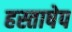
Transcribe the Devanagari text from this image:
हस्ताषेप